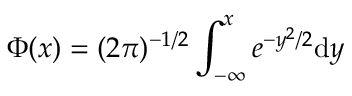
\Phi ( x ) = ( 2 \pi ) ^ { - 1 / 2 } \int _ { - \infty } ^ { x } e ^ { - y ^ { 2 } / 2 } \mathrm { d } y